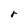
Character: r